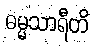
ဓမ္မသာရီတိ